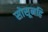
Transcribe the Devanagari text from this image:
सोसूनहि